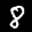
Label: 8